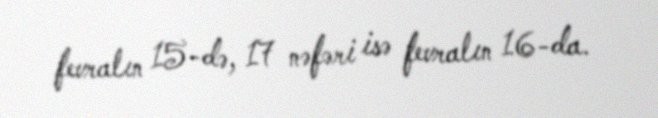
fevralın 15-də, 17 nəfəri isə fevralın 16-da.